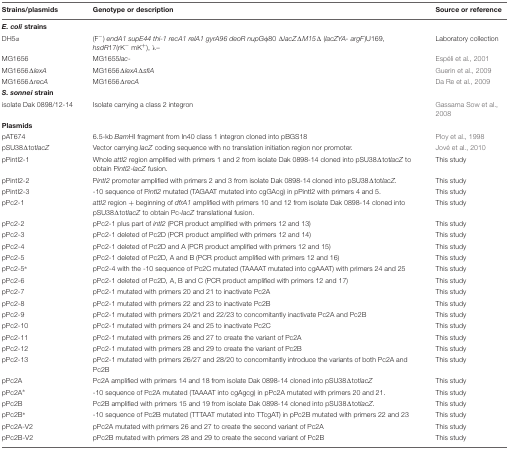
<table><thead><tr><td><b>Strains/plasmids</b></td><td><b>Genotype or description</b></td><td><b>Source or reference</b></td></tr></thead><tbody><tr><td><b><i>E. coli</i> strains</b></td><td></td><td></td></tr><tr><td>DH5aaa</td><td>(F<sup>-</sup>) <i>endA1 supE44 thi-1 recA1 relA1 gyrA96 deoR nupG</i>φ80 Δ<i>lacZ</i>Δ<i>M15</i>Δ (<i>lacZYA- argF</i>)U169, <i>hsdR</i>17(rK<sup>-</sup> mK<sup>+</sup>), bbb–</td><td>Laboratory collection</td></tr><tr><td>MG1656</td><td>MG1655<i>lac</i>-</td><td>Espéli et al., 2001</td></tr><tr><td>MG1656Δ<i>lexA</i></td><td>MG1656Δ<i>lexA</i>Δ<i>sfiA</i></td><td>Guerin et al., 2009</td></tr><tr><td>MG1656Δ<i>recA</i></td><td>MG1656Δ<i>recA</i></td><td>Da Re et al., 2009</td></tr><tr><td><b><i>S. sonnei</i> strain</b></td><td></td><td></td></tr><tr><td>isolate Dak 0898/12-14</td><td>Isolate carrying a class 2 integron</td><td>Gassama Sow et al., 2008</td></tr><tr><td><b>Plasmids</b></td><td></td><td></td></tr><tr><td>pAT674</td><td>6.5-kb <i>Bam</i>HI fragment from In40 class 1 integron cloned into pBGS18</td><td>Ploy et al., 1998</td></tr><tr><td>pSU38Δtot<i>lacZ</i></td><td>Vector carrying <i>lacZ</i> coding sequence with no translation initiation region nor promoter.</td><td>Jové et al., 2010</td></tr><tr><td>pPintI2-1</td><td>Whole <i>attI2</i> region amplified with primers 1 and 2 from isolate Dak 0898-14 cloned into pSU38Δtot<i>lacZ</i> to obtain P<i>intI2</i>-<i>lacZ</i> fusion.</td><td>This study</td></tr><tr><td>pPintI2-2</td><td>P<i>intI2</i> promoter amplified with primers 2 and 3 from isolate Dak 0898-14 cloned into pSU38Δtot<i>lacZ</i>.</td><td>This study</td></tr><tr><td>pPintI2-3</td><td>-10 sequence of P<i>intI2</i> mutated (TAGAAT mutated into cgGAcg) in pPintI2 with primers 4 and 5.</td><td>This study</td></tr><tr><td>pPc2-1</td><td><i>attI2</i> region + beginning of <i>dfrA1</i> amplified with primers 10 and 12 from isolate Dak 0898-14 cloned into pSU38Δtot<i>lacZ</i> to obtain Pc-<i>lacZ</i> translational fusion.</td><td>This study</td></tr><tr><td>pPc2-2</td><td>pPc2-1 plus part of <i>intI2</i> (PCR product amplified with primers 12 and 13)</td><td>This study</td></tr><tr><td>pPc2-3</td><td>pPc2-1 deleted of Pc2D (PCR product amplified with primers 12 and 14)</td><td>This study</td></tr><tr><td>pPc2-4</td><td>pPc2-1 deleted of Pc2D and A (PCR product amplified with primers 12 and 15)</td><td>This study</td></tr><tr><td>pPc2-5</td><td>pPc2-1 deleted of Pc2D, A and B (PCR product amplified with primers 12 and 16)</td><td>This study</td></tr><tr><td>pPc2-5<sup>∗</sup></td><td>pPc2-4 with the -10 sequence of Pc2C mutated (TAAAAT mutated into cgAAAT) with primers 24 and 25</td><td>This study</td></tr><tr><td>pPc2-6</td><td>pPc2-1 deleted of Pc2D, A, B and C (PCR product amplified with primers 12 and 17)</td><td>This study</td></tr><tr><td>pPc2-7</td><td>pPc2-1 mutated with primers 20 and 21 to inactivate Pc2A</td><td>This study</td></tr><tr><td>pPc2-8</td><td>pPc2-1 mutated with primers 22 and 23 to inactivate Pc2B</td><td>This study</td></tr><tr><td>pPc2-9</td><td>pPc2-1 mutated with primers 20/21 and 22/23 to concomitantly inactivate Pc2A and Pc2B</td><td>This study</td></tr><tr><td>pPc2-10</td><td>pPc2-1 mutated with primers 24 and 25 to inactivate Pc2C</td><td>This study</td></tr><tr><td>pPc2-11</td><td>pPc2-1 mutated with primers 26 and 27 to create the variant of Pc2A</td><td>This study</td></tr><tr><td>pPc2-12</td><td>pPc2-1 mutated with primers 28 and 29 to create the variant of Pc2B</td><td>This study</td></tr><tr><td>pPc2-13</td><td>pPc2-1 mutated with primers 26/27 and 28/20 to concomitantly introduce the variants of both Pc2A and Pc2B</td><td>This study</td></tr><tr><td>pPc2A</td><td>Pc2A amplified with primers 14 and 18 from isolate Dak 0898-14 cloned into pSU38Δtot<i>lacZ</i></td><td>This study</td></tr><tr><td>pPc2A<sup>∗</sup></td><td>-10 sequence of Pc2A mutated (TAAAAT into cgAgcg) in pPc2A mutated with primers 20 and 21.</td><td>This study</td></tr><tr><td>pPc2B</td><td>Pc2B amplified with primers 15 and 19 from isolate Dak 0898-14 cloned into pSU38Δtot<i>lacZ</i>.</td><td>This study</td></tr><tr><td>pPc2B<sup>∗</sup></td><td>-10 sequence of Pc2B mutated (TTTAAT mutated into TTcgAT) in pPc2B mutated with primers 22 and 23</td><td>This study</td></tr><tr><td>pPc2A-V2</td><td>pPc2A mutated with primers 26 and 27 to create the second variant of Pc2A</td><td>This study</td></tr><tr><td>pPc2B-V2</td><td>pPc2B mutated with primers 28 and 29 to create the second variant of Pc2B</td><td>This study</td></tr></tbody></table>